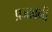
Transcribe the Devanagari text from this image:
प्रजावनी